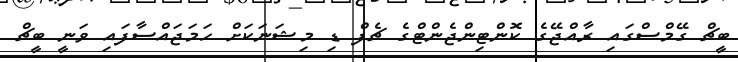
ބީޗް ގޭމްސްގައި ރާއްޖޭގެ ކޮންޓިންޖެންޓްގެ ޗެފް ޑި މިޝަނަކަށް ހަމަޖައްސާފައި ވަނީ ބީޗް